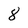
Character: 8